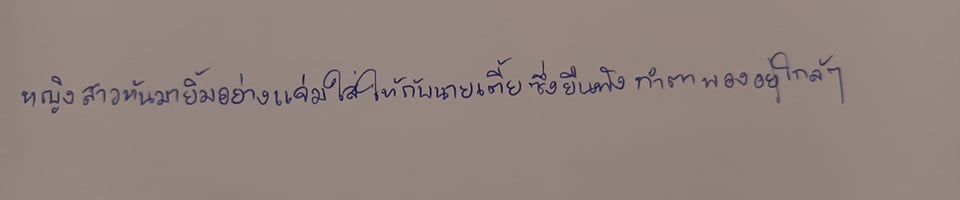
หญิงสาวหันมายิ้มอย่างแจ่มใสให้กับนายเตี้ยซึ่งยืนฟังทำตาพองอยู่ใกล้ๆ